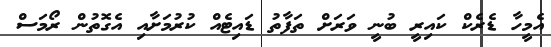
އެމީހާ ޑެރެކް ކައިރީ ބުނީ ވަރަށް ތަފާތު ޑައިޓެއް ކުރުމަށާއި އެގޮތުން ރޯމަސް